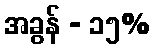
အခွန် - ၁၅%